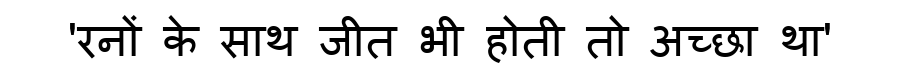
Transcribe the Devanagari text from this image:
'रनों के साथ जीत भी होती तो अच्छा था'